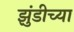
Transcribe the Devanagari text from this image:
झुंडीच्या